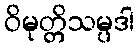
ဝိမုတ္တိသမ္ပဒါ